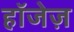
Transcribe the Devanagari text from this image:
हॉजेज़